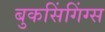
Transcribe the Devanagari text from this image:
बुकसिंगिंग्स